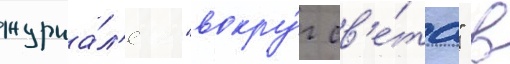
журна́л'е "вокру́г св'е́та" в